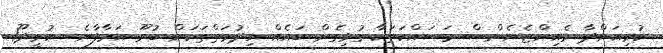
ކުރިއަށްދާ މެއިންޓެނެންސް މަސައްކަތަކާ ގުޅިގެން ބައެއް ހިދުމަތްތަކަށް ބުރޫ އަރާފާނެ  އުރީދޫ1